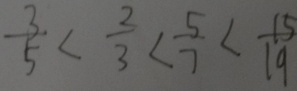
\frac { 3 } { 5 } < \frac { 2 } { 3 } < \frac { 5 } { 7 } < \frac { 1 5 } { 1 9 }